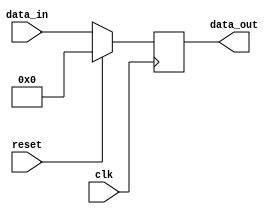
module sync_reset_example (
    input wire clk,         // Clock signal
    input wire reset,       // Synchronous reset signal
    input wire [7:0] data_in, // Example input data
    output reg [7:0] data_out // Example output data
);

// Always block triggered on the rising edge of the clock
always @(posedge clk) begin
    if (reset) begin
        // Synchronous reset: set outputs to reset values
        data_out <= 8'b0;  // Reset output to 0
    end else begin
        // Normal operation: Update output based on input data
        data_out <= data_in; // Pass input data to output
    end
end

endmodule